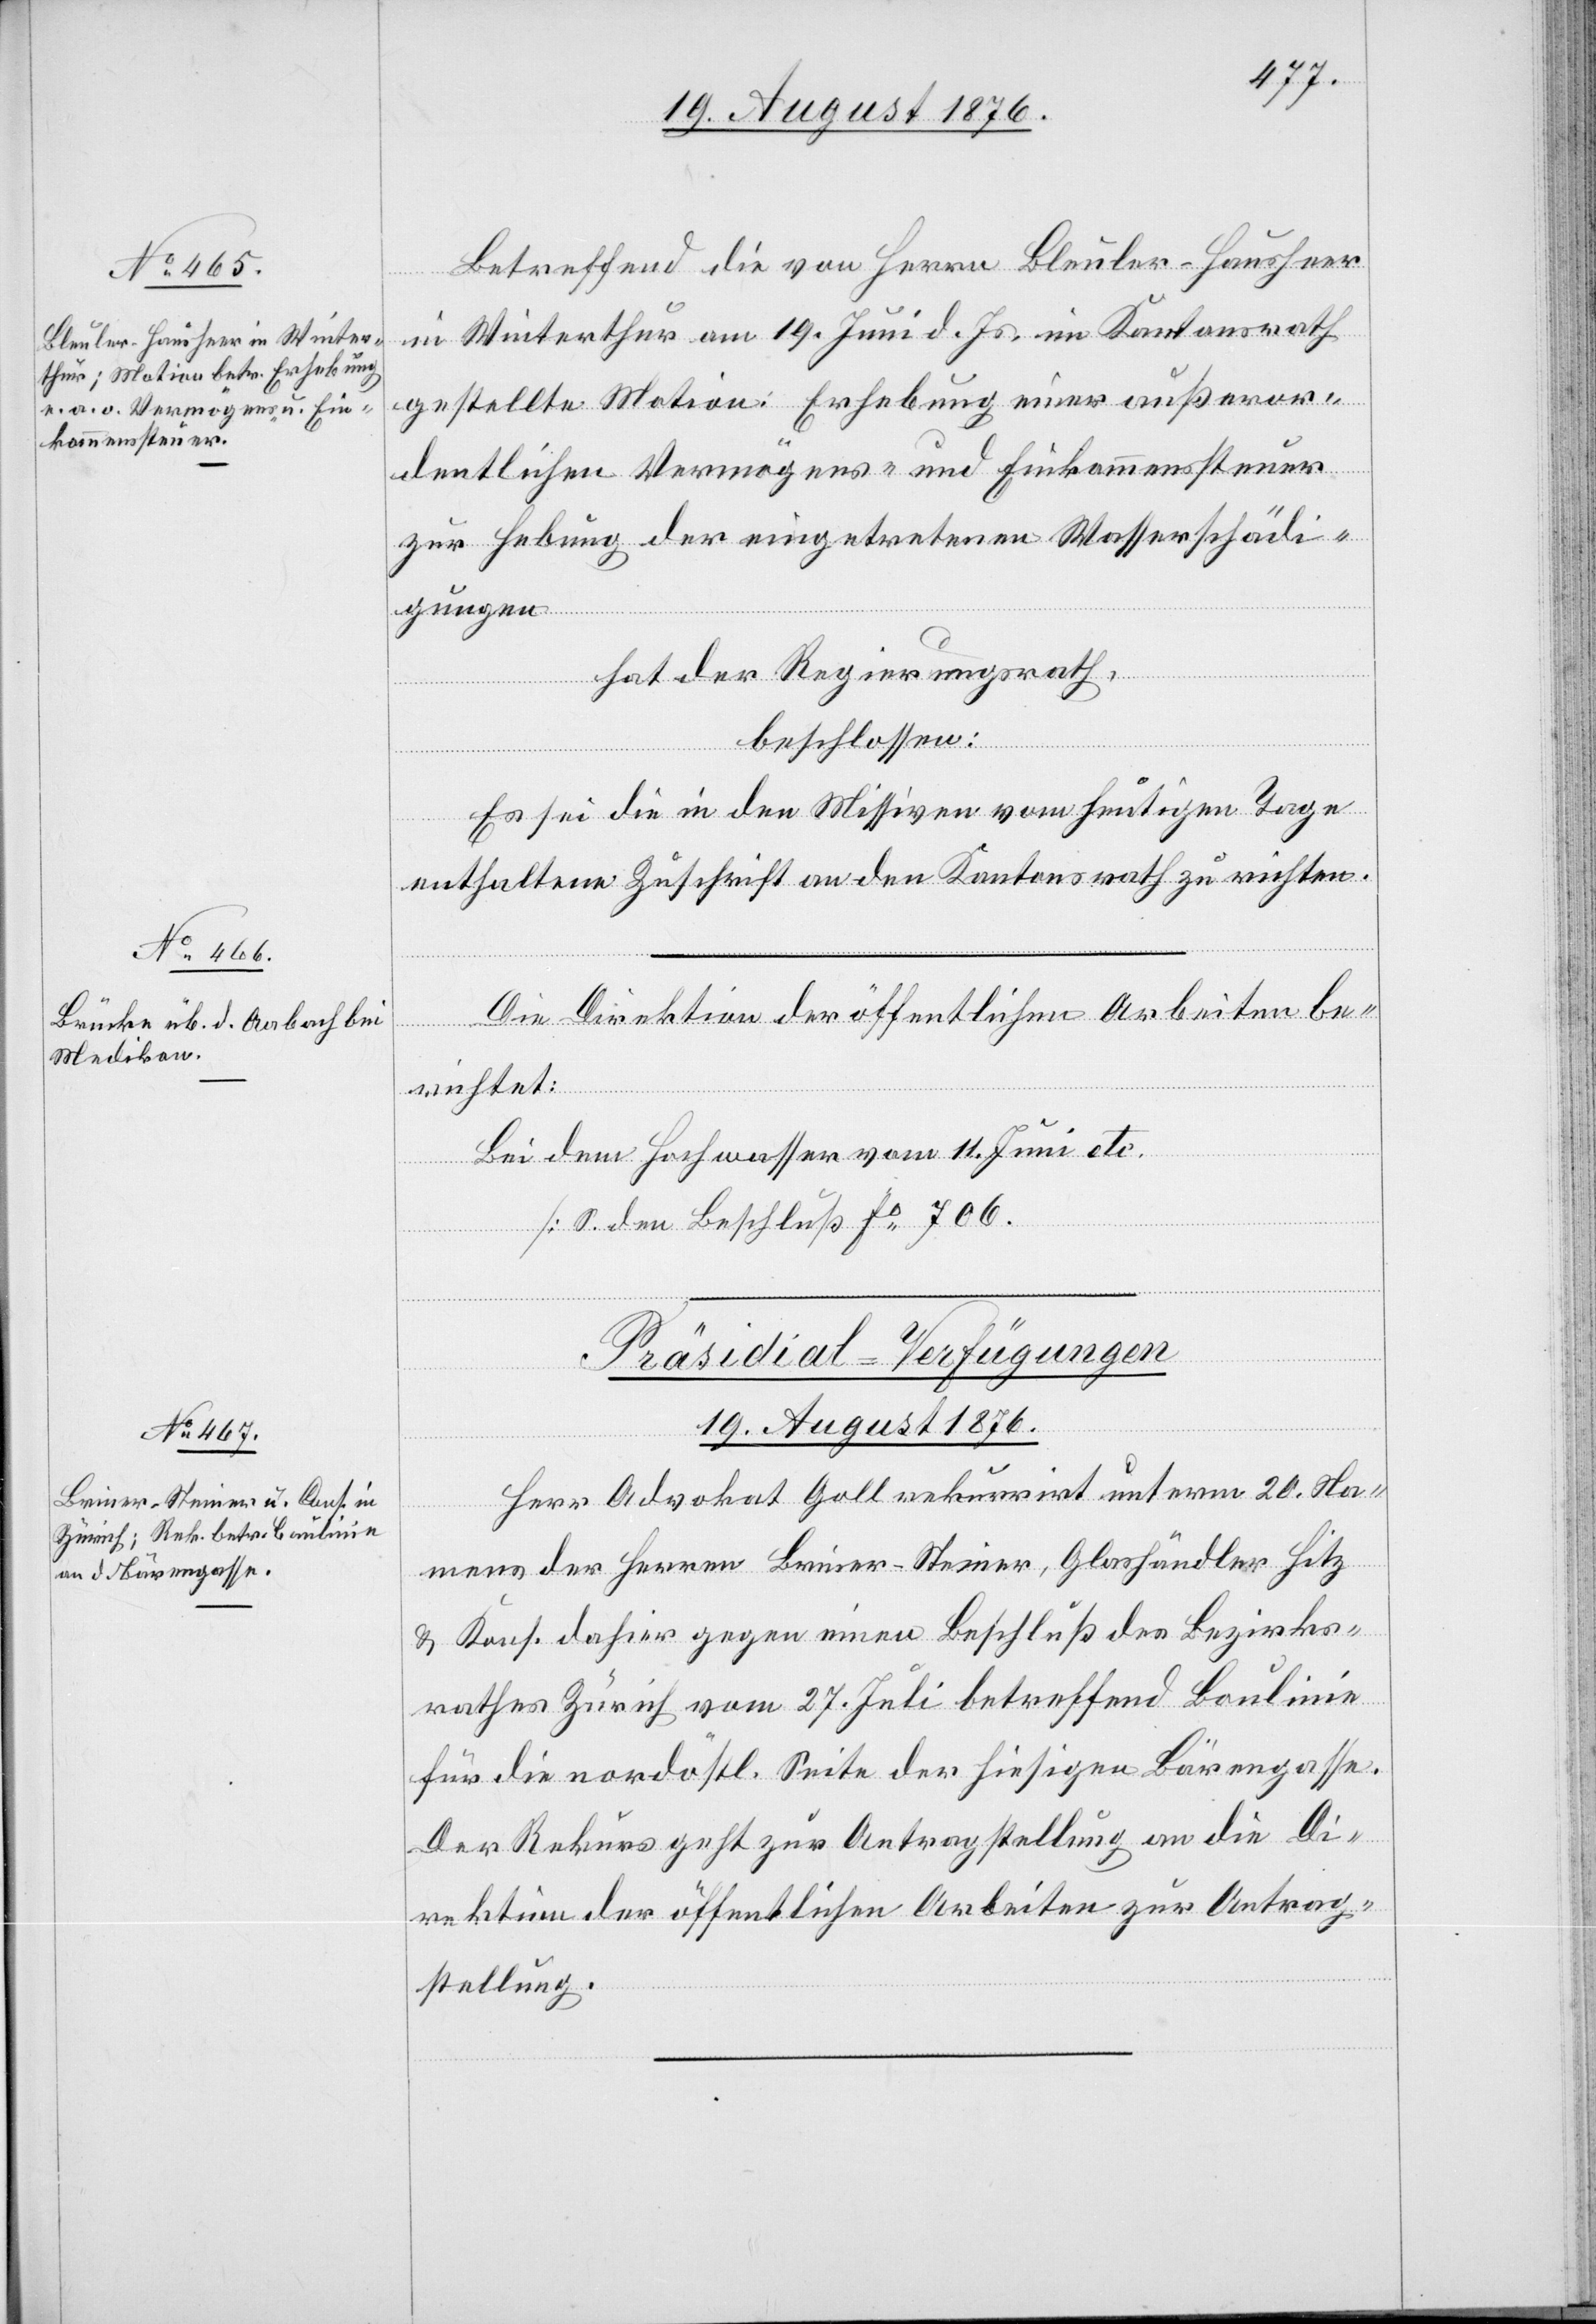
Betreffend die von Herrn Bleuler-Hausheer
heutigen
in Winterthur am 19. Juni d. Js. im Kantonsrath
gestellte Motion: Erhebung einer außeror¬
dentlichen Vermögens- und Einkommenssteuer
zur Hebung der eingetretenen Wasserschädi¬
gungen
hat der Regierungsrath,
beschlossen:
die
Es sei die in den Missiven vom heutigen Tage
enthaltene Zuschrift an den Kantonsrath zu richten.
Die Direktion der öffentlichen Arbeiten be¬
den
vom
richtet:
Bei dem Hochwasser vom 11. Juni etc.
[S. den Beschluß Fo 706.]
Präsidial-Verfügungen
19. August 1876.
Herr Advokat Goll rekurrirt unterm 20. Na¬
mens der Herren Briner-Steiner, Glashändler Hitz
& Kons. dahier gegen einen Beschluß des Bezirks¬
rathes Zürich vom 27. Juli betreffend Baulinie
für die nordöstl. Seite der hiesigen Bärengasse.
Der Rekurs geht zur Antragstellung an die Di¬
rektion der öffentlichen Arbeiten zur Antrag¬
stellung